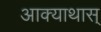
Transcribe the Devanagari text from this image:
आक्याथास्